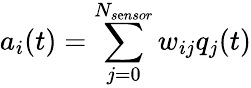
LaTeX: a_{i}(t)=\sum_{j=0}^{N_{s\mathrm{e}nsor}}w_{ij}q_{j}(t)